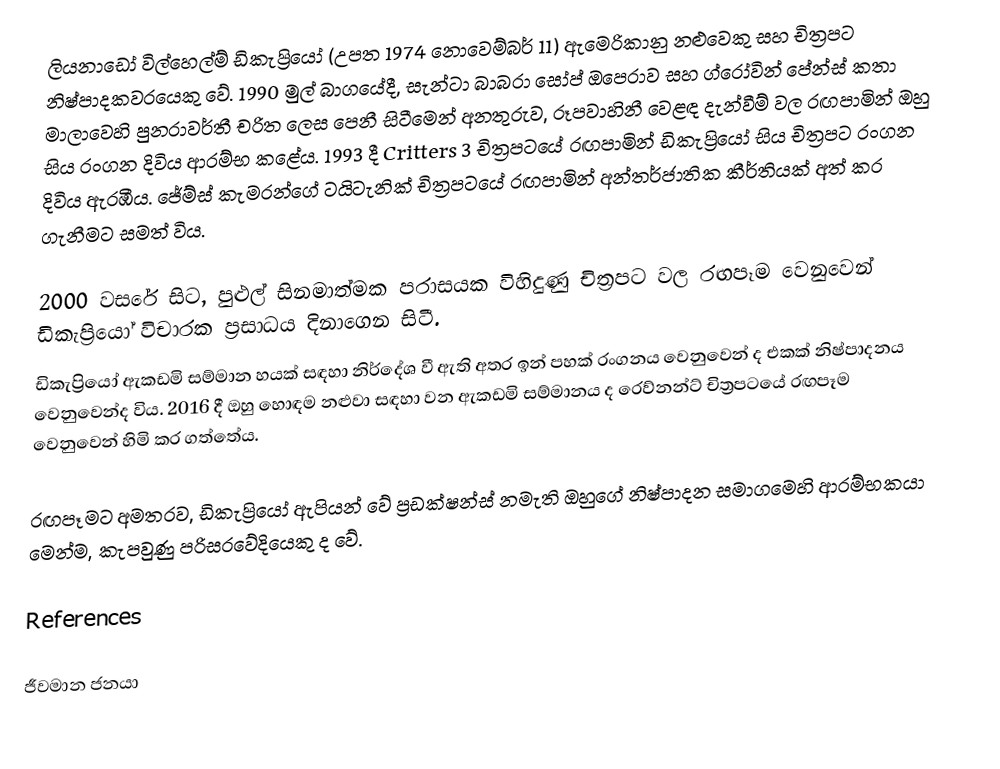
ලියනාඩෝ විල්හෙල්ම් ඩිකැප්‍රියෝ (උපත 1974 නොවෙම්බර් 11) ඇමෙරිකානු නළුවෙකු සහ චිත්‍රපට නිෂ්පාදකවරයෙකු වේ. 1990 මුල් බාගයේදී,  සැන්ටා බාබරා සෝප් ඔපෙරාව සහ ග්රෝවින් පේන්ස් කතා මාලාවෙහි පුනරාවර්තී චරිත ලෙස පෙනී සිටීමෙන් අනතුරුව, රූපවාහිනී වෙළඳ දැන්වීම් වල රඟපාමින් ඔහු සිය රංගන දිවිය ආරම්භ කළේය. 1993 දී Critters 3 චිත්‍රපටයේ රඟපාමින් ඩිකැප්‍රියෝ සිය චිත්‍රපට රංගන දිවිය ඇරඹීය.  ජේම්ස් කැමරන්ගේ ටයිටැනික් චිත්‍රපටයේ රඟපාමින් අන්තර්ජාතික කීර්තියක් අත් කර ගැනීමට සමත් විය.

2000 වසරේ සිට, පුළුල් සිනමාත්මක පරාසයක විහිදුණු චිත්‍රපට වල රඟපෑම වෙනුවෙන් ඩිකැප්‍රියෝ විචාරක ප්‍රසාධය දිනාගෙන සිටී.
ඩිකැප්‍රියෝ ඇකඩමි සම්මාන හයක් සඳහා නිර්දේශ වී ඇති අතර ඉන් පහක් රංගනය වෙනුවෙන් ද එකක් නිෂ්පාදනය වෙනුවෙන්ද විය. 2016 දී ඔහු හොඳම නළුවා සඳහා වන ඇකඩමි සම්මානය ද රෙව්නන්ට් චිත්‍රපටයේ රඟපෑම වෙනුවෙන් හිමි කර ගත්තේය.

රඟපෑමට අමතරව, ඩිකැප්‍රියෝ ඇපියන් වේ ප්‍රඩක්ෂන්ස් නමැති ඔහුගේ නිෂ්පාදන සමාගමෙහි ආරම්භකයා මෙන්ම, කැපවුණු පරිසරවේදියෙකු ද වේ.

References

ජීවමාන ජනයා